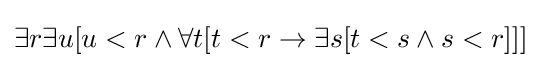
\exists r\exists u[u<r\land \forall t[t<r\rightarrow \exists s[t<s\land s<r]]]